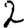
Digit: 2